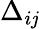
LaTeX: \Delta_{i\mathit{j}}